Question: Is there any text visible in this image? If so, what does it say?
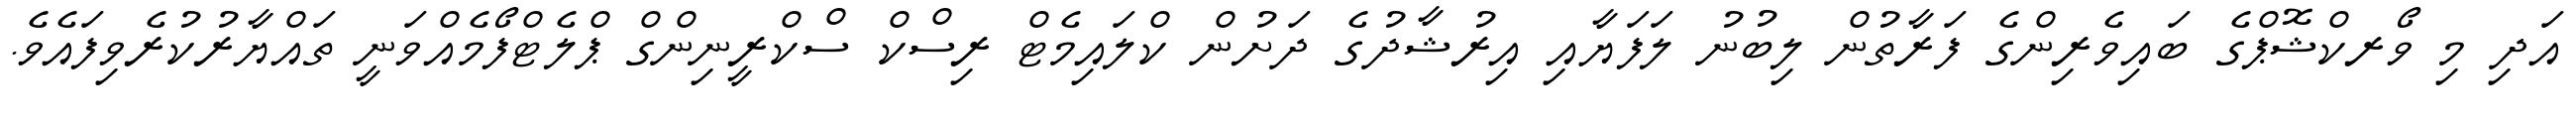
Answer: އަދި މި ވޯރކްޝޮޕްގެ ބައިވެރިންގެ ފަރާތުން ލިބުނު ލަފަޔާއި އިރުޝާދުގެ ދަށުން ކްލައިމެޓް ރިސްކް ސްކްރީނިންގް ޕްލެޓްފޯމެއްވަނީ ތައްޔާރުކުރެވިފައެވެ.